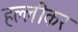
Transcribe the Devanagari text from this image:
हल्लीकर